Insane asylums in Bengal annual reports 1876-1887 - 1876-1887
Year: 1876
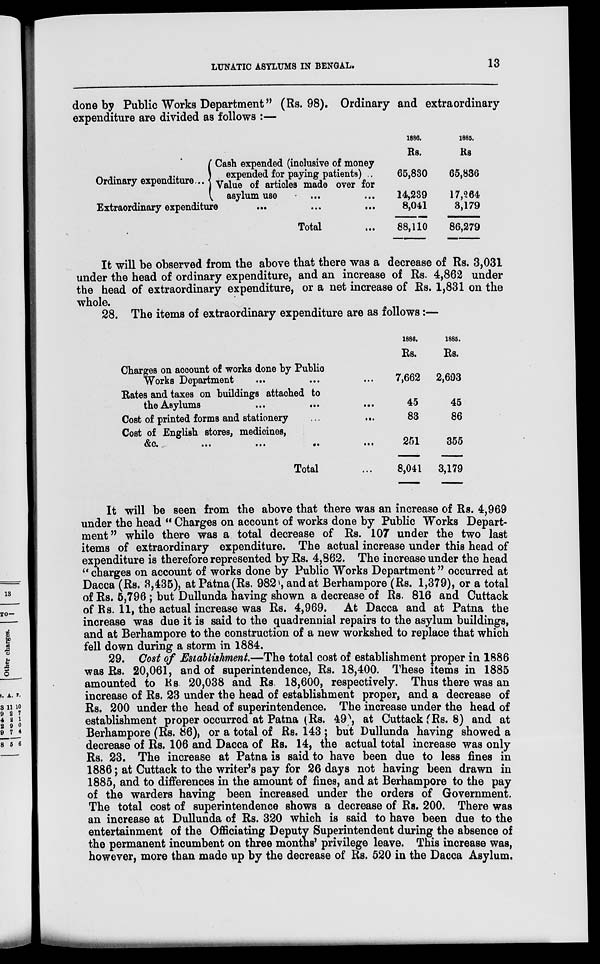
LUNATIC ASYLUMS IN BENGAL.
13
done by Public Works Department" (Rs. 98). Ordinary and extraordinary
expenditure are divided as follows :—
Ordinary expenditure ...
Cash expended (inclusive of money
expended for paying patients) ...
Value of artioles made over for
asylum use ... ...
Extraordinary expenditure ... ... ...
Total ...
1886.
Rs.
65,830
14,239
8,041
88,110
1885.
Rs
65,836
17,264
3,179
86,279
It will be observed from the above that there was a decrease of Rs. 3,031
under the head of ordinary expenditure, and an increase of Rs. 4,862 under
the head of extraordinary expenditure, or a net increase of Rs. 1,831 on the
whole.
28. The items of extraordinary expenditure are as follows:—
Charges on account of works done by Public
Works Department ... ... ...
Rates and taxes on buildings attached to
the Asylums ... ... ...
Cost of printed forms and stationery
... ...
Cost of English stores, medicines,
&c.
...
... ... ...
Total ... ...
1886.
Rs.
7,662
45
83
251
8,041
1886.
Rs.
2,603
45
86
355
3,179
It will be seen from the above that there was an increase of Rs. 4,969
under the head " Charges on account of works done by Public Works Depart-
ment" while there was a total decrease of Rs. 107 under the two last
items of extraordinary expenditure. The actual increase under this head of
expenditure is therefore represented by Rs. 4,862. The increase under the head
" charges on account of works done by Public Works Department" occurred at
Dacca (Rs. 3,435), at Patna(Rs. 982, and at Berhampore (Rs. 1,379), or a total
of Rs. 5,796 ; but Dullunda having shown a decrease of Rs. 816 and Cuttack
of Rs. 11, the actual increase was Rs. 4,969. At Dacca and at Patna the
increase was due it is said to the quadrennial repairs to the asylum buildings,
and at Berhampore to the construction of a new workshed to replace that which
fell down during a storm in 1884.
29. Cost of Establishment.—The total cost of establishment proper in 1886
was Rs. 20,061, and of superintendence, Rs. 18,400. These items in 1885
amounted to Rs 20,038 and Rs 18,600, respectively. Thus there was an
increase of Rs. 23 under the head of establishment proper, and a decrease of
Rs. 200 under the head of superintendence. The increase under the head of
establishment proper occurred at Patna (Rs. 49) at Cuttack (Rs. 8) and at
Berhampore (Rs. 86), or a total of Rs. 143 ; but Dullunda having showed a
decrease of Rs. 106 and Dacca of Rs. 14, the actual total increase was only
Rs. 23. The increase at Patna is said to have been due to less fines in
1886; at Cuttack to the writer's pay for 26 days not having been drawn in
1885, and to differences in the amount of fines, and at Berhampore to the pay
of the warders having been increased under the orders of Government.
The total cost of superintendence shows a decrease of Rs. 200. There was
an increase at Dullunda of Rs. 320 which is said to have been due to the
entertainment of the Officiating Deputy Superintendent during the absence of
the permanent incumbent on three months' privilege leave. This increase was,
however, more than made up by the decrease of Rs. 520 in the Dacca Asylum.